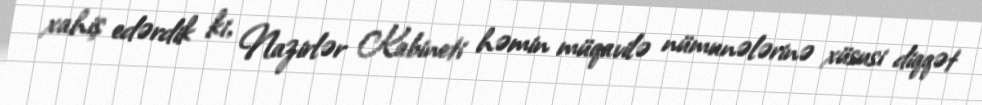
xahiş edərdik ki, Nazirlər Kabineti həmin müqavilə nümunələrinə xüsusi diqqət